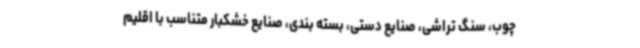
چوب، سنگ تراشی، صنایع دستی، بسته بندی، صنایع خشکبار متناسب با اقلیم